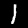
Label: 1